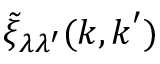
\tilde { \xi } _ { \lambda \lambda ^ { \prime } } ( \boldsymbol { k } , \boldsymbol { k } ^ { \prime } )